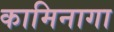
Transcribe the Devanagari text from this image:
कामिनागा